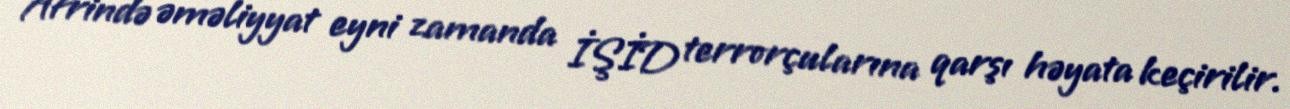
Afrində əməliyyat eyni zamanda İŞİD terrorçularına qarşı həyata keçirilir.